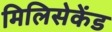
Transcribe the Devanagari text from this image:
मिलिसेकेंड